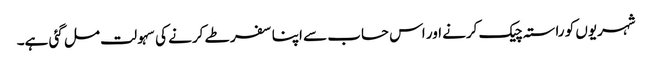
شہریوں کو راستہ چیک کرنے اور اس حساب سے اپنا سفر طے کرنے کی سہولت مل گئی ہے۔